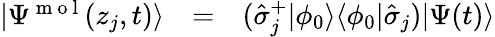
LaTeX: \begin{array}{ccl}{|\Psi^{\mathrm{~m~o~l~}}(z_{j},t)\rangle}&{=}&{(\hat{\sigma}_{j}^{+}|\phi_{0}\rangle\langle\phi_{0}|\hat{\sigma}_{j})|\Psi(t)\rangle}\end{array}